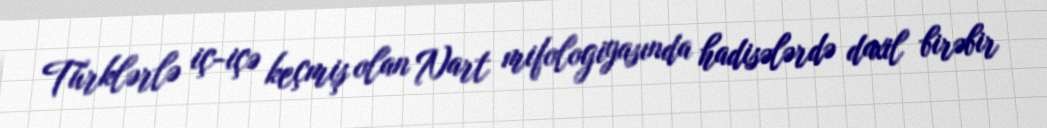
Türklərlə iç-içə keçmiş olan Nart mifologiyasında hadisələrdə daxil birəbir